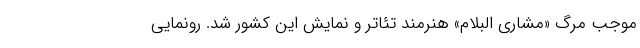
موجب مرگ «مشاری البلام» هنرمند تئاتر و نمایش این کشور شد. رونمایی